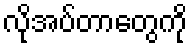
လိုအပ်တာတွေကို